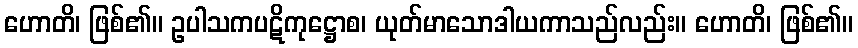
ဟောတိ၊ ဖြစ်၏။ ဥပါသကပဋိကုဋ္ဌောစ၊ ယုတ်မာသောဒါယကာသည်လည်း။ ဟောတိ၊ ဖြစ်၏။